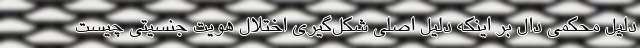
دلیل محکمی دال بر اینکه دلیل اصلی شکل‌گیری اختلال هویت جنسیتی چیست